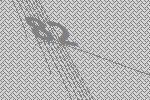
82